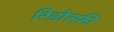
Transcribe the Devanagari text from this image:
रिडोल्फ़ी